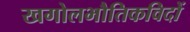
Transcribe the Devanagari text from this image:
खगोलभौतिकविदों